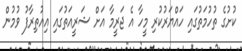
ކުށުގެ ތުހުމަތުގައި ހައްޔަރުކުރި މީހާ އެ ޖަރީމާ އަށް ޝަރީއަތުގައި އިއުތިރާފު ވުމުން